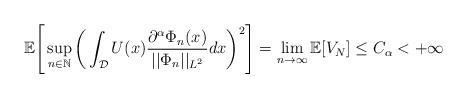
LaTeX: \begin{align*}\mathbb{E}\Bigg[\sup_{n\in \mathbb{N}}\bigg( \int_{\mathcal{D}} U(x)\frac{\partial^{\alpha}\Phi_n(x)}{||\Phi_n||_{L^2}}dx\bigg)^2\Bigg] = \lim_{n\rightarrow \infty} \mathbb{E}[V_N] \leq C_{\alpha} < + \infty\end{align*}